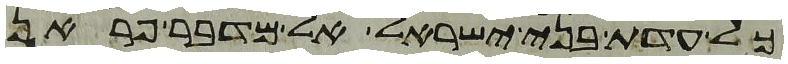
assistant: כל עדת בני ישראל אל מדבר פראן